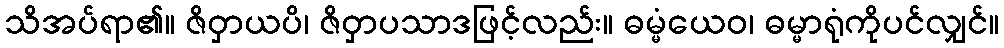
သိအပ်ရာ၏။ ဇိဝှာယပိ၊ ဇိဝှာပသာဒဖြင့်လည်း။ ဓမ္မံယေဝ၊ ဓမ္မာရုံကိုပင်လျှင်။